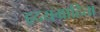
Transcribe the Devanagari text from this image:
हृदयग्राहिता